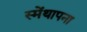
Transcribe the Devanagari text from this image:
स्मेंथापना